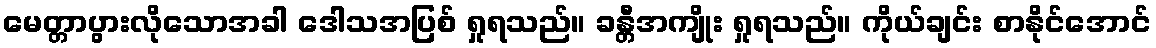
မေတ္တာပွားလိုသောအခါ ဒေါသအပြစ် ရှုရသည်။ ခန္တီအကျိုး ရှုရသည်။ ကိုယ်ချင်း စာနိုင်အောင်